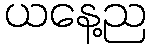
ယနေ့ည